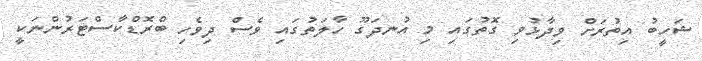
ޝަހީބު އިތުރަށް ވިދާޅުވި ގޮތުގައި މި އުނދަގޫ ހާލަތުގައި ވެސް ދިވެހި ބްރޮޑްކާސްޓަރުންނަކީ